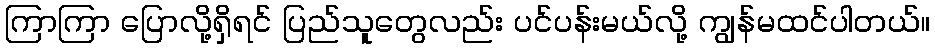
ကြာကြာ ပြောလို့ရှိရင် ပြည်သူတွေလည်း ပင်ပန်းမယ်လို့ ကျွန်မထင်ပါတယ်။